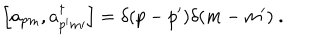
LaTeX: \Big [ a _ { p m } , a _ { p ^ { \prime } m { \prime } } ^ { \dagger } \Big ] = \delta ( p - p ^ { \prime } ) \delta ( m - m ^ { \prime } ) \ .